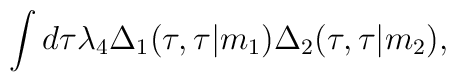
\int d \tau {\lambda}_4 {\Delta}_1(\tau,\tau\vert m_1) {\Delta}_2(\tau,\tau\vert m_2) ,